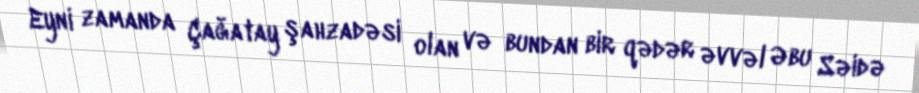
Eyni zamanda Çağatay şahzadəsi olan və bundan bir qədər əvvəl Əbu Səidə